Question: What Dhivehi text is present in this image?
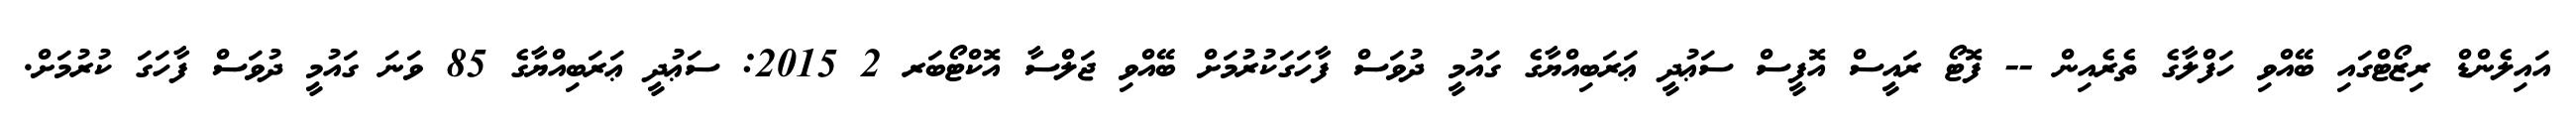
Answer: އައިލެންޑް ރިޒޯޓްގައި ބޭއްވި ހަފްލާގެ ތެރެއިން -- ފޮޓޯ ރައީސް އޮފީސް ސަޢުދީ ޢަރަބިއްޔާގެ ގައުމީ ދުވަސް ފާހަގަކުރުމަށް ބޭއްވި ޖަލްސާ އޮކްޓޯބަރ 2 2015: ސަޢުދީ ޢަރަބިއްޔާގެ 85 ވަނަ ގައުމީ ދުވަސް ފާހަގަ ކުރުމަށް.